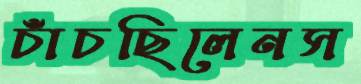
চাঁচছিলেনস